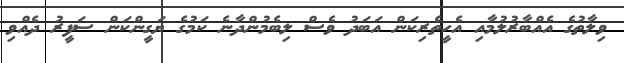
ވިލާތުގެ އެއްބާރުލުމާއި އެހީތެރިކަން އަބަދު ވެސް ލިބެމުންދާނެ ކަމުގެ ޔަގީންކަން ސަފީރު ދެއްވި